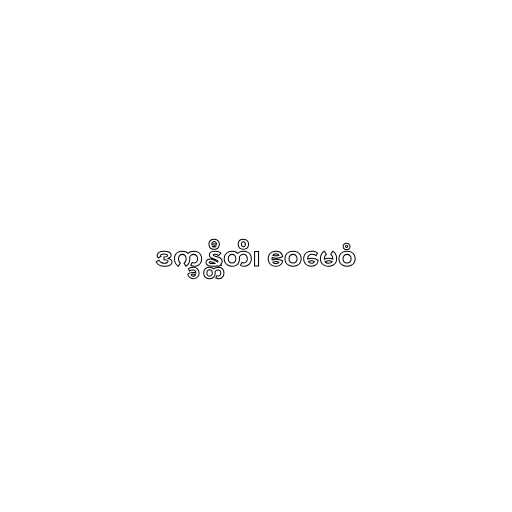
ဒက္ခန္တီတိ၊ ဧဝမေဝံ